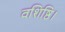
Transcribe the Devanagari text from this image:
वशिष्ठि।